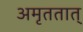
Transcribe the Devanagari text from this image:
अमृततात्